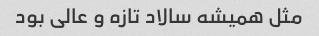
مثل همیشه سالاد تازه و عالی بود